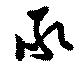
承